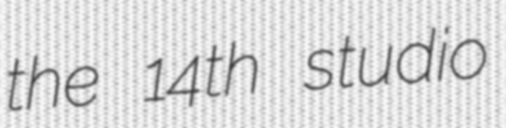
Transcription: the 14th studio